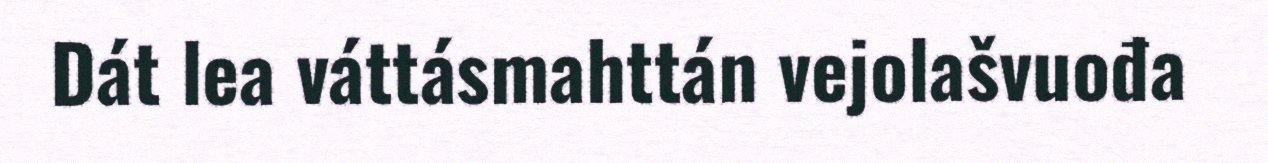
Dát lea váttásmahttán vejolašvuođa